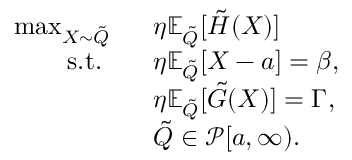
\begin{array} { r l } { \operatorname* { m a x } _ { X \sim \tilde { Q } } \ \ } & { \eta \mathbb { E } _ { \tilde { Q } } [ \tilde { H } ( X ) ] } \\ { \mathrm { ~ s . t . ~ } \ \ } & { \eta \mathbb { E } _ { \tilde { Q } } [ X - a ] = \beta , } \\ & { \eta \mathbb { E } _ { \tilde { Q } } [ \tilde { G } ( X ) ] = \Gamma , } \\ & { { \tilde { Q } } \in \mathscr { P } [ a , \infty ) . } \end{array}